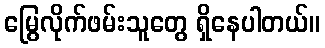
မြွေလိုက်ဖမ်းသူတွေ ရှိနေပါတယ်။